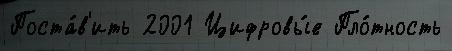
Поста́в'ить 2001 Цифровы́е Пло́тность